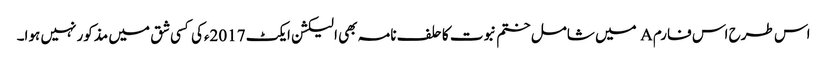
اس طرح اس فارم A میں شامل ختم نبوت کا حلف نامہ بھی الیکشن ایکٹ 2017ءکی کسی شق میں مذکور نہیں ہوا۔